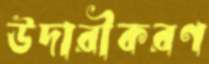
উদারীকরণ